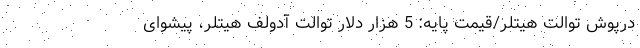
درپوش توالت هیتلر/قیمت پایه: 5 هزار دلار توالت آدولف هیتلر، پیشوای